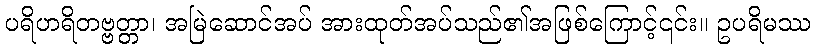
ပရိဟရိတဗ္ဗတ္တာ၊ အမြဲဆောင်အပ် အားထုတ်အပ်သည်၏အဖြစ်ကြောင့်၎င်း။ ဥပရိမဿ